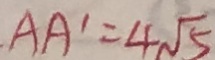
A A ^ { \prime } = 4 \sqrt { 5 }